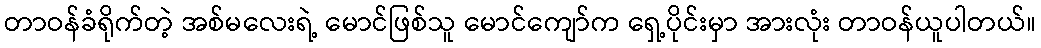
တာဝန်ခံရိုက်တဲ့ အစ်မလေးရဲ့ မောင်ဖြစ်သူ မောင်ကျော်က ရှေ့ပိုင်းမှာ အားလုံး တာဝန်ယူပါတယ်။